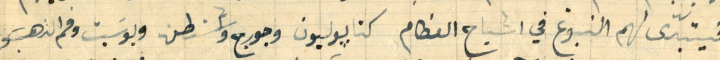
فيتبدّى لهم النبوغ في اشباح العظام كنابوليون وجورج واشنطن وبوسَبت وفم الدهب و